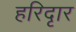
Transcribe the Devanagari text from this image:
हरिदृार